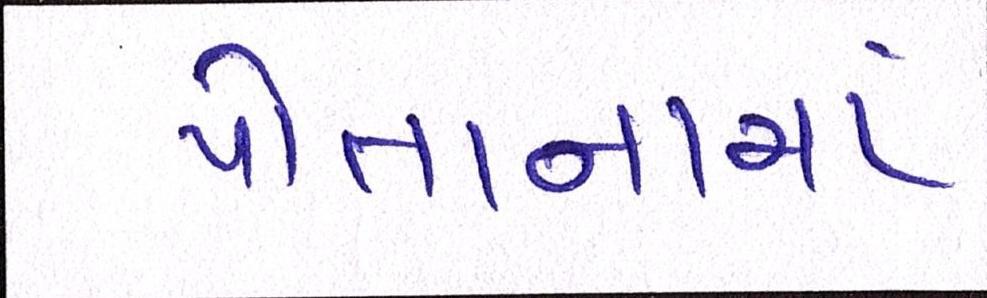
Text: પોતાનામાં